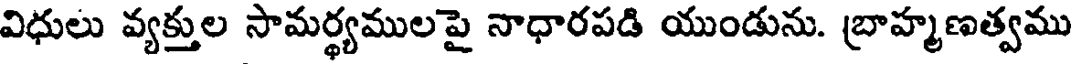
విధులు వ్యక్తుల సామర్థ్యములపై నాధారపడి యుండును. బ్రాహ్మణత్వము